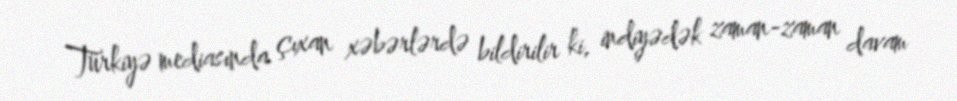
Türkiyə mediasında çıxan xəbərlərdə bildirilir ki, indiyədək zaman-zaman davam